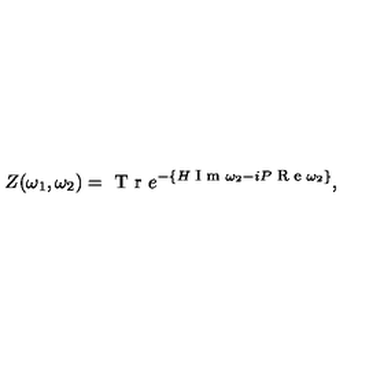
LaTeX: Z ( \omega _ { 1 } , \omega _ { 2 } ) = \textrm { T r } e ^ { - \{ H \footnotesize \textrm { I m } \normalsize \omega _ { 2 } - i P \footnotesize \textrm { R e } \normalsize \omega _ { 2 } \} } ,